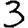
Digit: 3